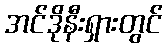
အင်ဒိုနီးရှားတွင်